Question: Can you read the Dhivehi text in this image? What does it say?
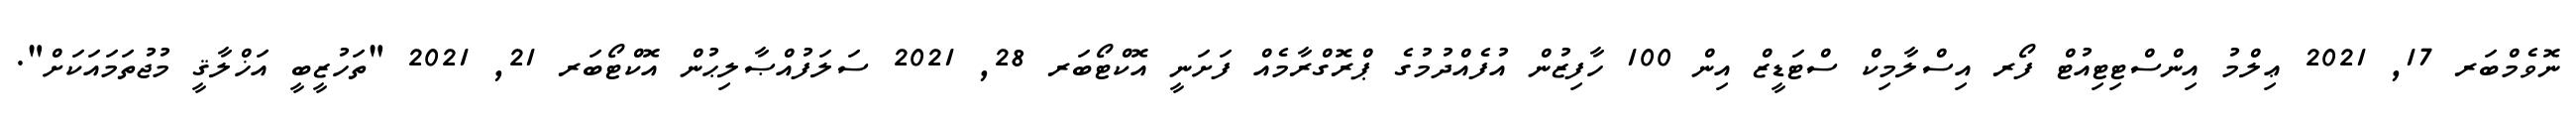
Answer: ނޮވެމްބަރ 17, 2021 ޢިލްމު އިންސްޓިޓިއުޓް ފޯރ އިސްލާމިކް ސްޓަޑީޒް އިން 100 ހާފިޒުން އުފެއްދުމުގެ ޕްރޮގްރާމެއް ފަށަނީ އޮކްޓޯބަރ 28, 2021 ސަލަފުއްޞާލިޙުން އޮކްޓޯބަރ 21, 2021 "ތަހުޒީބީ އަޚްލާޤީ މުޖުތަމައަކަށް".